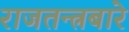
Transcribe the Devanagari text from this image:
राजतन्त्रबारे